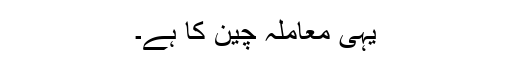
یہی معاملہ چین کا ہے۔